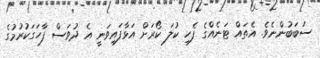
ސަބަބުންނެވެ. އެތައް ޓަނެއްގެ ފެހި ކުލަ ކޯރަށް އަޅާފައިވަނީ އެ ދުވަސް ފާހަގަކުރުމުގެ